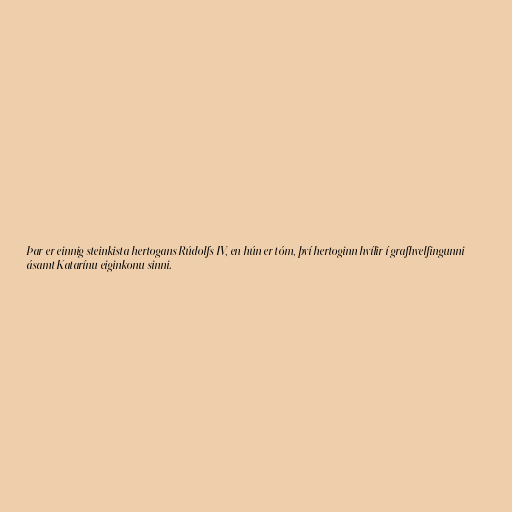
Þar er einnig steinkista hertogans Rúdolfs IV, en hún er tóm, því hertoginn hvílir í grafhvelfingunni
ásamt Katarínu eiginkonu sinni.